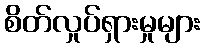
စိတ်လှုပ်ရှားမှုများ